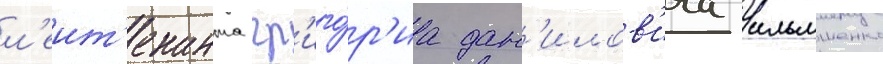
л'еит'енанта гр'иго́р'иа дан'илов'ича ильяшенко